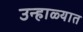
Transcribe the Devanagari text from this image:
उन्‍हाळ्यात